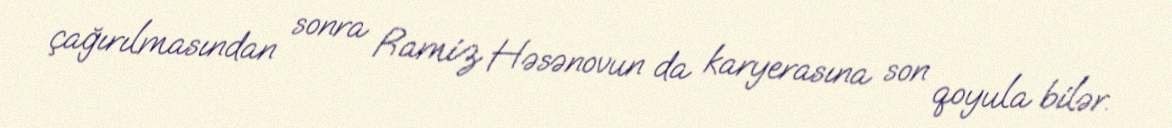
çağırılmasından sonra Ramiz Həsənovun da karyerasına son qoyula bilər.